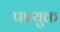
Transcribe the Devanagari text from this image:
पप्रयुक्त